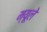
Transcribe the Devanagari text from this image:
म्यूले